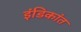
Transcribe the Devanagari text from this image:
इंडिकांत